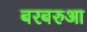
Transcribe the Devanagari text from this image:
बरबरुआ